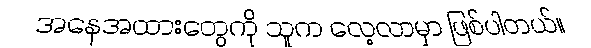
အနေအထားတွေကို သူက လေ့လာမှာ ဖြစ်ပါတယ်။